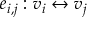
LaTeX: e _ { i , j } : v _ { i } \leftrightarrow v _ { j }